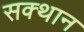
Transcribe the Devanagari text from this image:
सक्थान